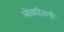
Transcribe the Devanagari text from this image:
लोकहिताची